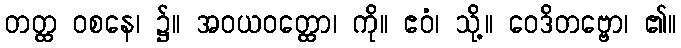
တတ္ထ ဝစနေ၊ ၌။ အဝယဝတ္ထော၊ ကို။ ဧဝံ၊ သို့။ ဝေဒိတဗ္ဗော၊ ၏။